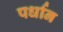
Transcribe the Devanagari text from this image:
पर्धान